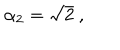
\alpha _ { 2 } = \sqrt { 2 } \ ,